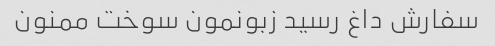
سفارش داغ رسید زبونمون سوخت ممنون